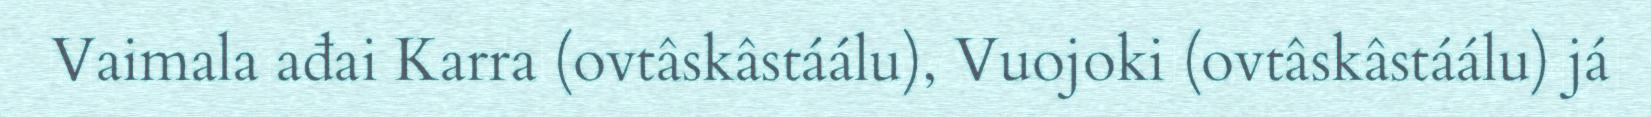
Vaimala ađai Karra (ovtâskâstáálu), Vuojoki (ovtâskâstáálu) já